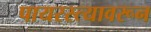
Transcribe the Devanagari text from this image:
पायरस्त्यावरून